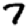
Digit: 7